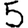
Digit: 5